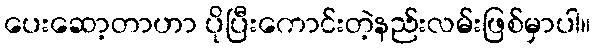
ပေးဆော့တာဟာ ပိုပြီးကောင်းတဲ့နည်းလမ်းဖြစ်မှာပါ။